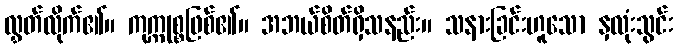
လွှတ်လိုက်၏။ ကုက္ကုစ္စဖြစ်၏။ အဘယ်စိတ်ရှိသနည်း။ သနားခြင်းဟူသော နှလုံးသွင်း